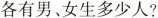
各有男、女生多少人?